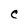
Character: C